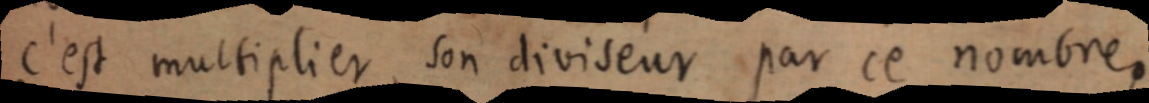
c’est multiplier son diviseur par ce nombre,